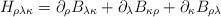
\begin{align*}H_{\rho\lambda\kappa} = \partial_\rho B_{\lambda\kappa} +\partial_\lambda B_{\kappa\rho} +\partial_\kappa B_{\rho\lambda}\end{align*}